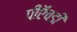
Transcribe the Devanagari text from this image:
पीऍचडी